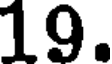
19.